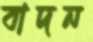
বাদন